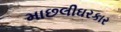
માછલીઘરકાર